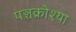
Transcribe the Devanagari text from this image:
पञ्चक्रोश्या